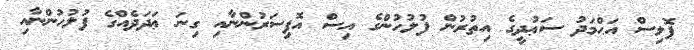
ޕޮލިސް އަޙްމަދު ސަޢުދީގެ އިތުރުން ފުލުހުންގެ އިސް އޮފިސަރުންނާއި ގިނަ ޢަދަދެއްގެ ފުލުހުންނާއި